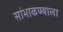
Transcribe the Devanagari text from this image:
सांभाळण्याला